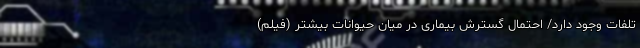
تلفات وجود دارد/ احتمال گسترش بیماری در میان حیوانات بیشتر (فیلم)